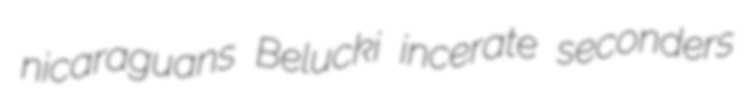
nicaraguans Belucki incerate seconders